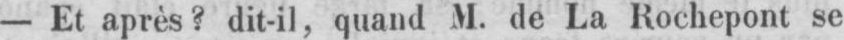
- Et après? dit-il, quand M. de La Rochepont se